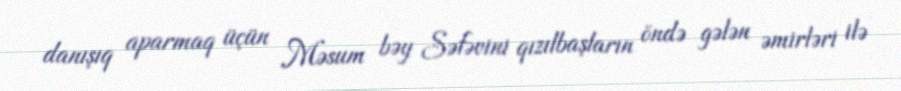
danışıq aparmaq üçün Məsum bəy Səfəvini qızılbaşların öndə gələn əmirləri ilə